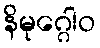
နိမုဂ္ဂေါဝ